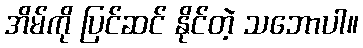
အိမ်ကို ပြင်ဆင် နိုင်တဲ့ သဘောပါ။